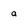
Character: a